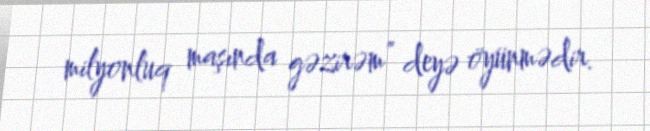
milyonluq maşında gəzirəm” deyə öyünmədir.